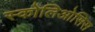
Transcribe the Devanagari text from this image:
स्कोलिओसिस